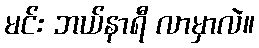
မင်း ဘယ်နာရီ လာမှာလဲ။